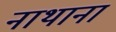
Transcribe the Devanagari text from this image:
नाथाना